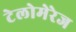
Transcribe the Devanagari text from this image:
टेलोमेरेज